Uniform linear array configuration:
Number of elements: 4
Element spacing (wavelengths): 1
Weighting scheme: binomial
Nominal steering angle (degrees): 45
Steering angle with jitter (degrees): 44.807
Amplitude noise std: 0.05
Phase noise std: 0.05

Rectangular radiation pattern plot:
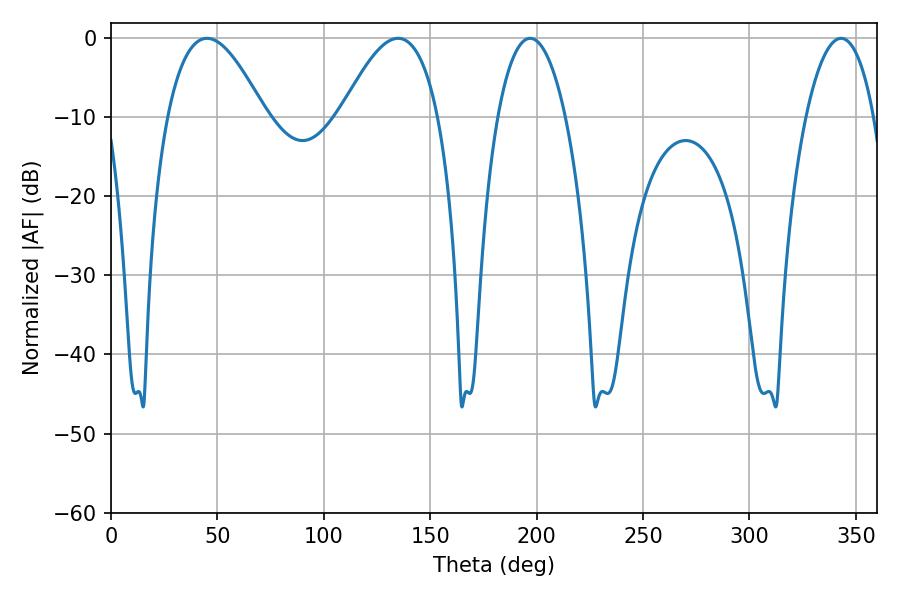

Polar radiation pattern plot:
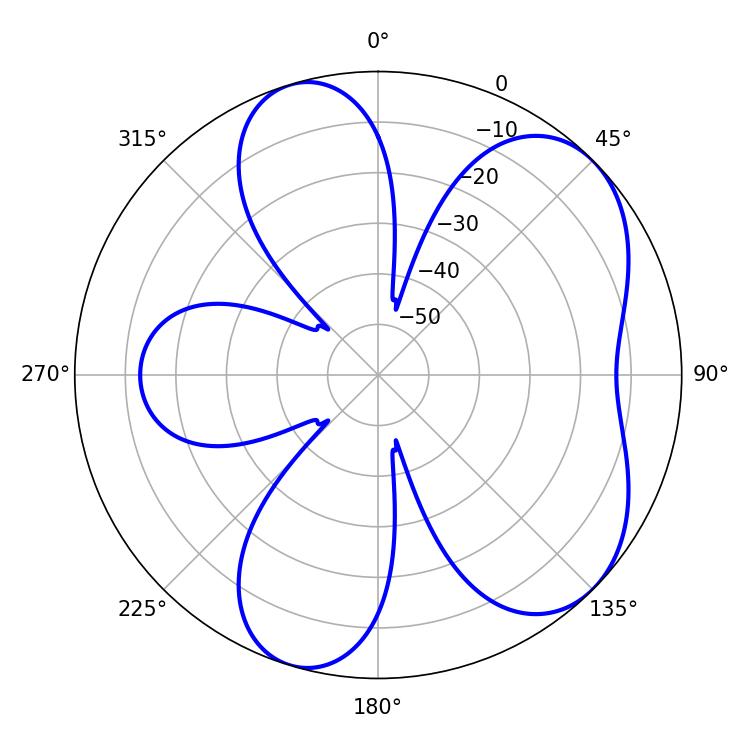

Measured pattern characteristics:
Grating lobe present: TRUE
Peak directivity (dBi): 6.064
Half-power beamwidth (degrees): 17.82
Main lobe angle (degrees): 196.92